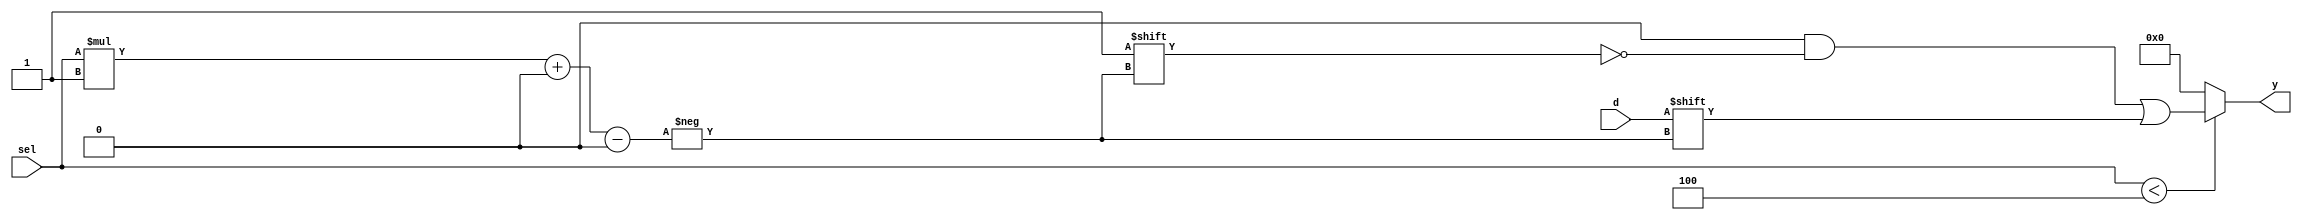
module parameterized_demux #(
    parameter N = 4,          // Number of output channels
    parameter WIDTH = 1       // Bit-width of the data input and output signals
) (
    input wire [WIDTH-1:0] d, // Data input
    input wire [$clog2(N)-1:0] sel, // Select lines
    output reg [N*WIDTH-1:0] y // Output lines
);

    // Ensure that N is a power of 2
    initial begin
        if (N & (N - 1) != 0) begin
            $error("N must be a power of 2.");
            $finish;
        end
    end

    // Combinatorial logic for demux
    always @(*) begin
        // Default state: set all outputs to low
        y = {N{1'b0}}; // Set all outputs to low
        
        // Route data to the selected output
        if (sel < N) begin
            y[sel*WIDTH +: WIDTH] = d; // Assign data to the selected output
        end
    end

endmodule